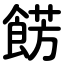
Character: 餝